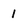
Character: 1